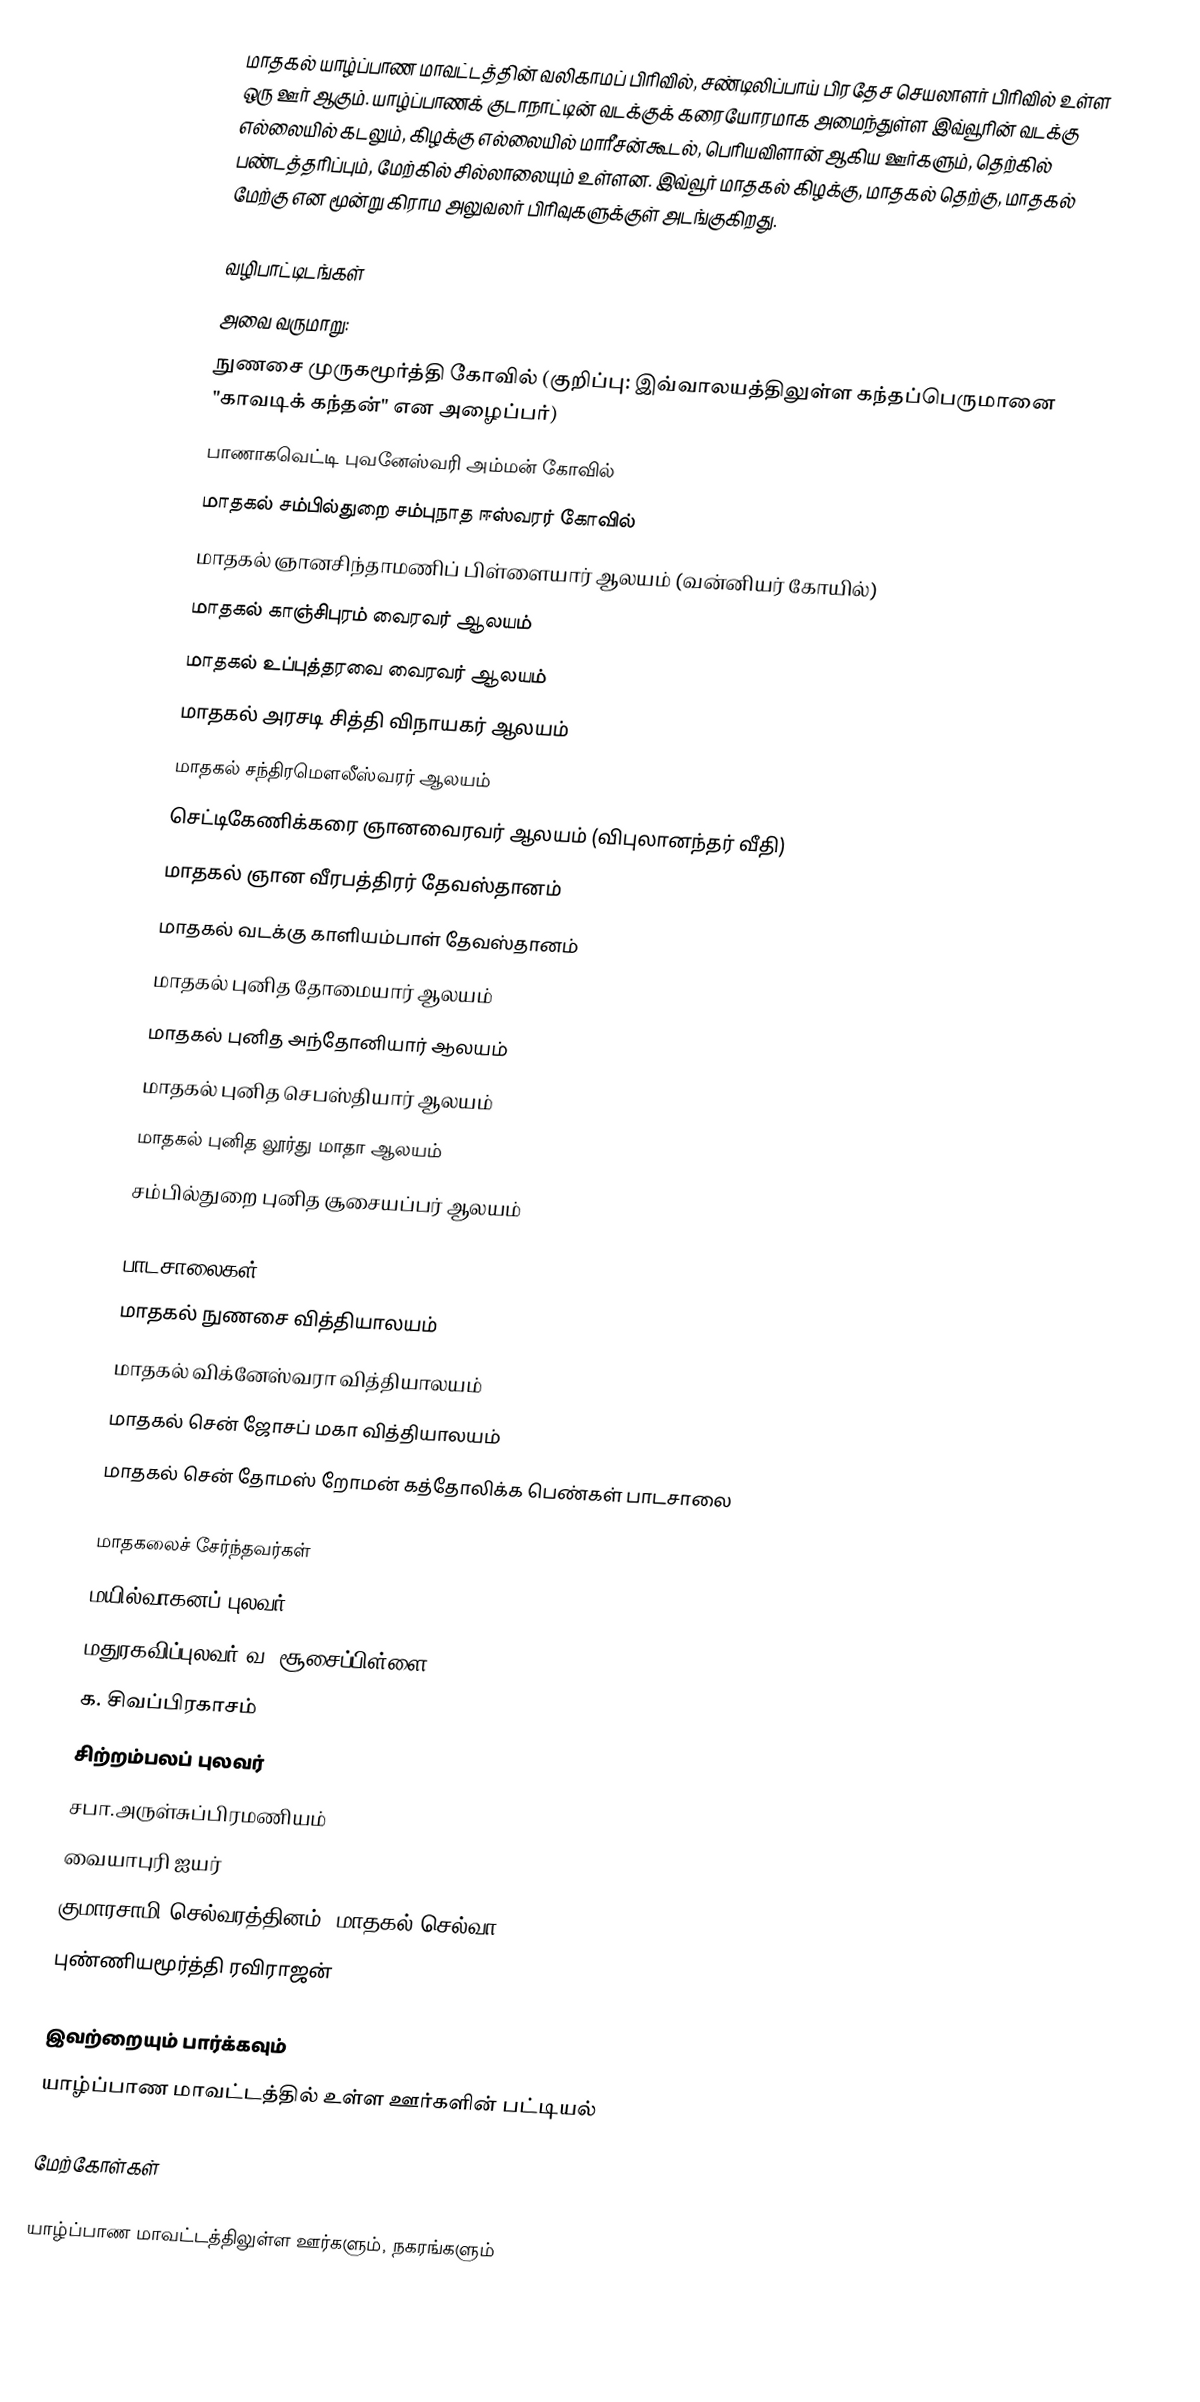
மாதகல் யாழ்ப்பாண மாவட்டத்தின் வலிகாமப் பிரிவில், சண்டிலிப்பாய் பிரதேச செயலாளர் பிரிவில் உள்ள ஒரு ஊர் ஆகும். யாழ்ப்பாணக் குடாநாட்டின் வடக்குக் கரையோரமாக அமைந்துள்ள இவ்வூரின் வடக்கு எல்லையில் கடலும், கிழக்கு எல்லையில் மாரீசன்கூடல், பெரியவிளான் ஆகிய ஊர்களும், தெற்கில் பண்டத்தரிப்பும், மேற்கில் சில்லாலையும் உள்ளன. இவ்வூர் மாதகல் கிழக்கு, மாதகல் தெற்கு, மாதகல் மேற்கு என மூன்று கிராம அலுவலர் பிரிவுகளுக்குள் அடங்குகிறது.

வழிபாட்டிடங்கள்
அவை வருமாறு:
 நுணசை முருகமூர்த்தி கோவில் (குறிப்பு: இவ்வாலயத்திலுள்ள கந்தப்பெருமானை "காவடிக் கந்தன்" என அழைப்பர்)
 பாணாகவெட்டி புவனேஸ்வரி அம்மன் கோவில்
 மாதகல் சம்பில்துறை சம்புநாத ஈஸ்வரர் கோவில்
 மாதகல் ஞானசிந்தாமணிப் பிள்ளையார் ஆலயம் (வன்னியர் கோயில்)
 மாதகல் காஞ்சிபுரம் வைரவர் ஆலயம்
 மாதகல் உப்புத்தரவை வைரவர் ஆலயம்
 மாதகல் அரசடி சித்தி விநாயகர் ஆலயம்
 மாதகல் சந்திரமௌலீஸ்வரர் ஆலயம்
 செட்டிகேணிக்கரை ஞானவைரவர் ஆலயம் (விபுலானந்தர் வீதி)
 மாதகல் ஞான வீரபத்திரர் தேவஸ்தானம்
 மாதகல் வடக்கு காளியம்பாள் தேவஸ்தானம்
 மாதகல் புனித தோமையார் ஆலயம்
 மாதகல் புனித அந்தோனியார் ஆலயம்
 மாதகல் புனித செபஸ்தியார் ஆலயம்
 மாதகல் புனித லூர்து மாதா ஆலயம்
 சம்பில்துறை புனித சூசையப்பர் ஆலயம்

பாடசாலைகள்
 மாதகல் நுணசை வித்தியாலயம்
 மாதகல் விக்னேஸ்வரா வித்தியாலயம்
 மாதகல் சென் ஜோசப் மகா வித்தியாலயம்
 மாதகல் சென் தோமஸ் றோமன் கத்தோலிக்க பெண்கள் பாடசாலை

மாதகலைச் சேர்ந்தவர்கள்
 மயில்வாகனப் புலவர்
 மதுரகவிப்புலவர் வ. சூசைப்பிள்ளை
 க. சிவப்பிரகாசம்
 சிற்றம்பலப் புலவர்
 சபா.அருள்சுப்பிரமணியம்
 வையாபுரி ஐயர்
 குமாரசாமி செல்வரத்தினம் (மாதகல் செல்வா)
 புண்ணியமூர்த்தி ரவிராஜன்

இவற்றையும் பார்க்கவும்
 யாழ்ப்பாண மாவட்டத்தில் உள்ள ஊர்களின் பட்டியல்

மேற்கோள்கள்

யாழ்ப்பாண மாவட்டத்திலுள்ள ஊர்களும், நகரங்களும்